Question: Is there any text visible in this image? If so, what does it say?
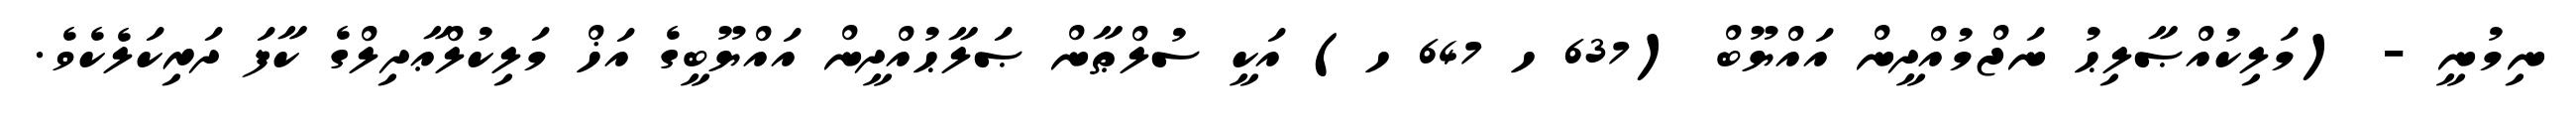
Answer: ނިމުނީ - (މަލިކުއްޞާލިޙު ނަޖްމުއްދީން އައްޔޫބް (637 ހ 647 ހ) އަކީ ސުލްޠާން ޞަލާޙުއްދީން އައްޔޫބީގެ އަޚް މަލިކުލްޢާދިލްގެ ކާފަ ދަރިކަލެކެވެ.